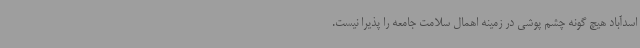
اسدآباد هیچ گونه چشم پوشی در زمینه اهمال سلامت جامعه را پذیرا نیست.